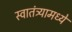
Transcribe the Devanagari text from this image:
स्वातंत्र्यामध्ये